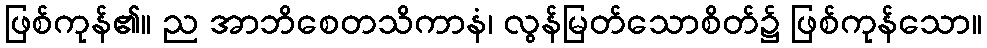
ဖြစ်ကုန်၏။ ည အာဘိစေတသိကာနံ၊ လွန်မြတ်သောစိတ်၌ ဖြစ်ကုန်သော။